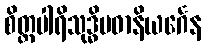
စိတ္တပါရိသုဒ္ဓိပဓာနိယင်္ဂေန